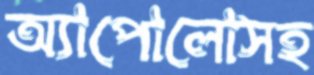
অ্যাপোলোসহ